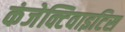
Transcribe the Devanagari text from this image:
कंजेक्टिवाइटिस